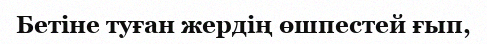
Бетіне туған жердің өшпестей ғып,